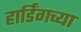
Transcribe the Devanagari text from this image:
हार्डिंगच्या